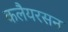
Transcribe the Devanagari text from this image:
कलैयरसन